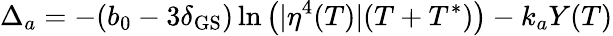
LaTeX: \Delta_{a}=-(b_{0}-3\delta_{\mathrm{GS}})\ln\left(|\eta^{4}(T)|(T+T^{*})\right)-k_{a}Y(T)